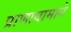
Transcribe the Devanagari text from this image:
प्राणायामाने